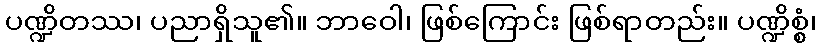
ပဏ္ဍိတဿ၊ ပညာရှိသူ၏။ ဘာဝေါ၊ ဖြစ်ကြောင်း ဖြစ်ရာတည်း။ ပဏ္ဍိစ္စံ၊